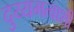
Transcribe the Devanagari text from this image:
दुय्यमत्वाशी